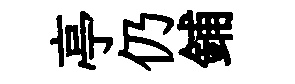
亭仍鋪